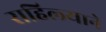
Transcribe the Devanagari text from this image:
राहिल्‍याने